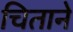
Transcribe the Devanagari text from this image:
चिताने